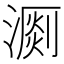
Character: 𣽄